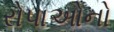
રોપાઓનો